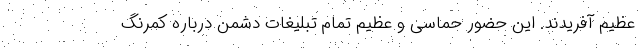
عظیم آفریدند. این حضور حماسی و عظیم تمام تبلیغات دشمن درباره کمرنگ